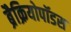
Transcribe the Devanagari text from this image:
ब्रैक्रियोपॉडस